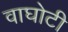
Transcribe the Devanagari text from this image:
वाघोटी